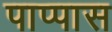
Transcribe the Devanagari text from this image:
पाप्पास